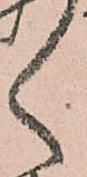
く